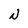
Character: N